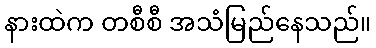
နားထဲက တစီစီ အသံမြည်နေသည်။